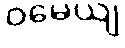
ဝမေယျ